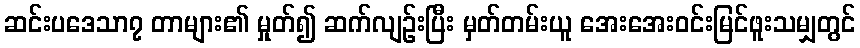
ဆင်းပဒေသာ၇ တာများ၏ မှုတ်၍ ဆက်လျဉ်းပြီး မှတ်တမ်းယူ အေးအေးဝင်းမြင်ဖူးသမျှတွင်